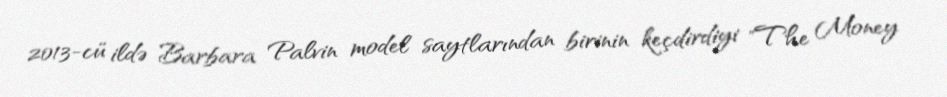
2013-cü ildə Barbara Palvin model saytlarından birinin keçdirdiyi "The Money